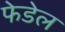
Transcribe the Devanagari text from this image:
फेडेल